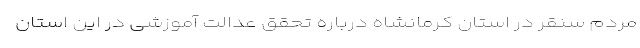
مردم سنقر در استان کرمانشاه درباره تحقق عدالت آموزشی در این استان